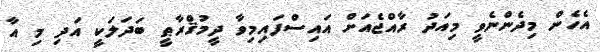
އެހެން މިދެންނެވީ މިއަދު ރާއްޖެއަށް އައިސްފައިމިވާ ދީމުޤްރާޠީ ބަދަލަކީ އަދި މި އާ